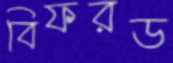
বিফরড